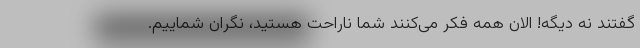
گفتند نه دیگه! الان همه فکر می‌کنند شما ناراحت هستید، نگران شماییم.